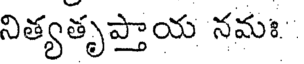
నిత్యతృప్తాయ నమః